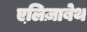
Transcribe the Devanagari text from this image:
एलि़ज़ाबेथ